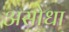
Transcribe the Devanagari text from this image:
असोधा